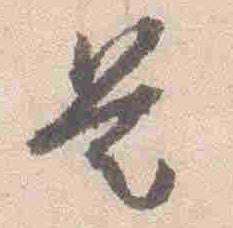
是